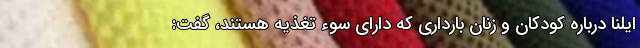
ایلنا درباره کودکان و زنان بارداری که دارای سوء تغذیه هستند، گفت: